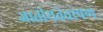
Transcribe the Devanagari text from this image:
जातीयतेवरपण